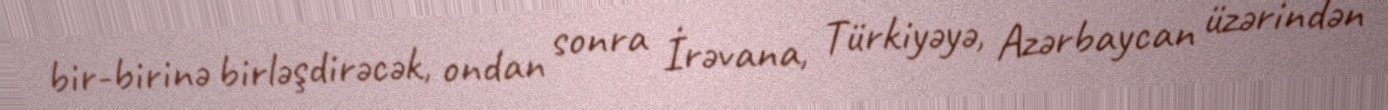
bir-birinə birləşdirəcək, ondan sonra İrəvana, Türkiyəyə, Azərbaycan üzərindən